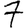
Digit: 7